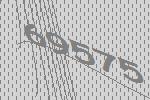
69575